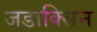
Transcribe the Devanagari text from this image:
जडाक्सिन